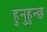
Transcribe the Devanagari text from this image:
हुनुहुन्छ